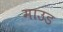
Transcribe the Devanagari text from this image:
माउड